Lock hospitals Punjab
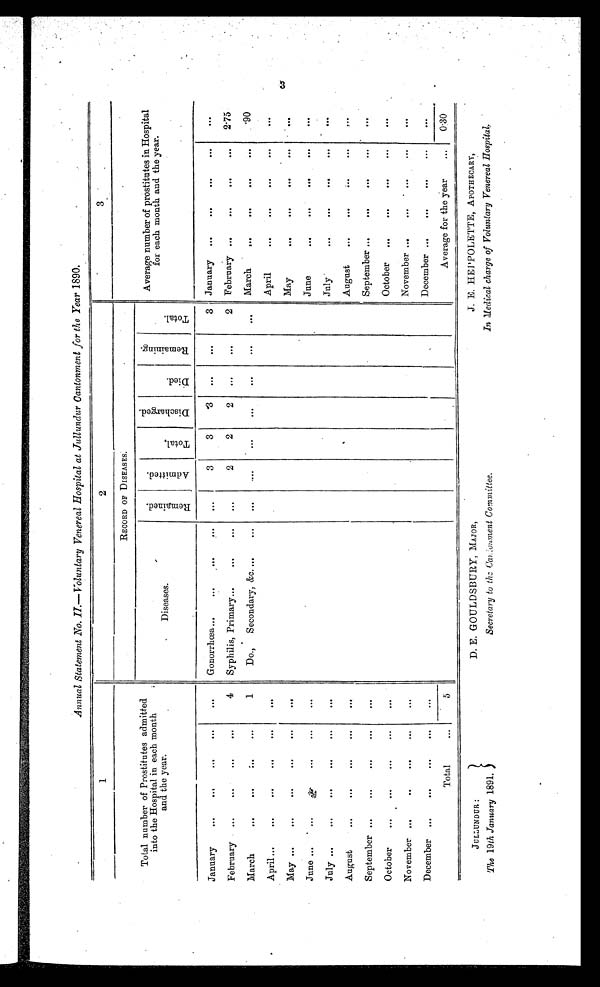
JULLUNDUR :
The 19th January 1891.
D. E. GOULDSBURY, MAJOR,
Secretary to the am,:olonent Committee.
J. E. HEPPOLETTE, APOTHECARY,
In Medical charge of Voluntary Venereal Hospital,
Annual Statement No. II.—Voluntary Venereal Hospital at Jullundur Cantonment for the Year 1890.
1
2
3
Total number of Prostitutes admitted
into the Hospital in each month
and the year.
RECORD OF DISEASES.
Average number of prostitutes in Hospital
for each month and the year.
Diseases .
3 3
R e m a i n e d
.
A d m i t t e d .
T o t a l
.
D i s c h a r e g e d .
D i e d .
R e m a i n i n g .
T o t a l .
January
. . .
. . .
...
...
. . .
Gonorrhœa...
...
. . .
. . .
. . .
3
3
3
...
. . .
3
January ...
. . .
...
. . .
February
...
...
...
4
Syphilis, Primary...
...
...
. . .
2
2
2
...
...
2
February ...
. . .
...
. . .
2.75
March
. . .
. . .
: . .
. . .
1
Do.,
Secondary, ex....
. . .
. . .
....
...
. . .
. . .
. . .
. . .
March
....
. . .
. . .
...
90
A p ril ...
. . .
...
...
...
April
...
. . .
. . .
. . .
M ay ...
...
...
. . .
...
. . .
May
...
. . .
. . .
. . .
June ...
...
. . .
...
. . .
. . .
June
...
. . .
. . .
...
. . .
July ...
...
. . .
. . .
. . .
July
...
. . .
...
. . .
August
...
. . .
...
. . .
August
...
. . .
. . .
. . .
S eptember ...
. . .
. . .
. . .
September ...
...
. . .
...
. . .
October
. . .
. . .
. . .
. . .
...
October
...
. . .
. . .
November ...
..
...
...
. . .
.
November ...
. . .
. . .
...
D ecember
...
. . .
. . .
. . .
...
December ...
...
. . .
...
. . .
Total
...
5
Average for the year
. . .
0.30